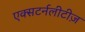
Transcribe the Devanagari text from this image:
एक्सटर्नलीटीज़